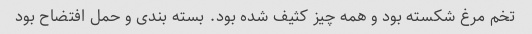
تخم مرغ شکسته بود و همه چیز کثیف شده بود. بسته بندی و حمل افتضاح بود